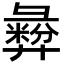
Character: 彜